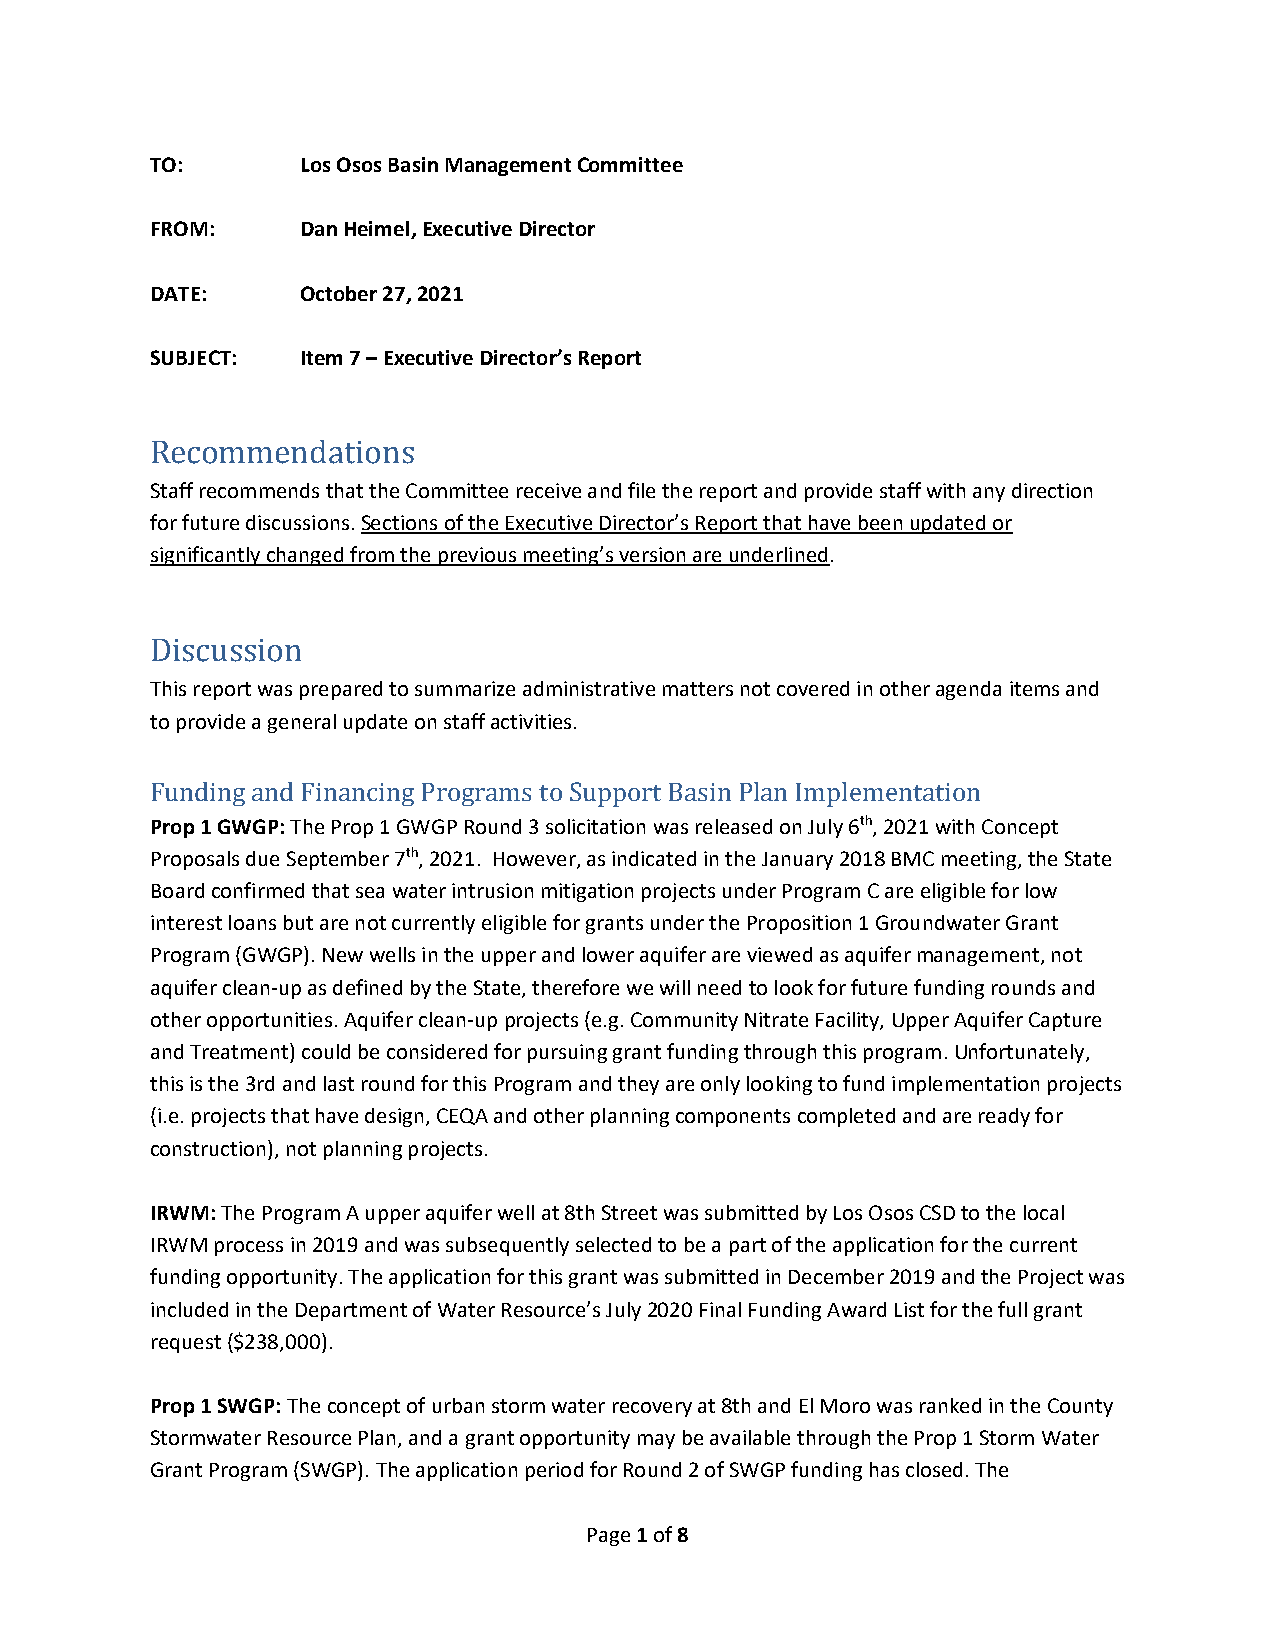
TO:       Los Osos Basin Management Committee
 FROM:     Dan Heimel, Executive Director
 DATE:     October 27, 2021
 SUBJECT:  Item 7 – Executive Director’s Report
 Recommendations
 Staff recommends that the Committee receive and file the report and provide staff with any direction
 for future discussions. Sections of the Executive Director’s Report that have been updated or
 significantly changed from the previous meeting’s version are underlined.
 Discussion
 This report was prepared to summarize administrative matters not covered in other agenda items and
 to provide a general update on staff activities.
 Funding and Financing Programs to Support Basin Plan Implementation
 Prop 1 GWGP: The Prop 1 GWGP Round 3 solicitation was released on July 6th, 2021 with Concept
 Proposals due September 7th, 2021. However, as indicated in the January 2018 BMC meeting, the State
 Board confirmed that sea water intrusion mitigation projects under Program C are eligible for low
 interest loans but are not currently eligible for grants under the Proposition 1 Groundwater Grant
 Program (GWGP). New wells in the upper and lower aquifer are viewed as aquifer management, not
 aquifer clean‐up as defined by the State, therefore we will need to look for future funding rounds and
 other opportunities. Aquifer clean‐up projects (e.g. Community Nitrate Facility, Upper Aquifer Capture
 and Treatment) could be considered for pursuing grant funding through this program. Unfortunately,
 this is the 3rd and last round for this Program and they are only looking to fund implementation projects
 (i.e. projects that have design, CEQA and other planning components completed and are ready for
 construction), not planning projects.
 IRWM: The Program A upper aquifer well at 8th Street was submitted by Los Osos CSD to the local
 IRWM process in 2019 and was subsequently selected to be a part of the application for the current
 funding opportunity. The application for this grant was submitted in December 2019 and the Project was
 included in the Department of Water Resource’s July 2020 Final Funding Award List for the full grant
 request ($238,000).
 Prop 1 SWGP: The concept of urban storm water recovery at 8th and El Moro was ranked in the County
 Stormwater Resource Plan, and a grant opportunity may be available through the Prop 1 Storm Water
 Grant Program (SWGP). The application period for Round 2 of SWGP funding has closed. The
 Page 1 of 8